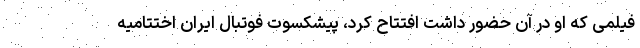
فیلمی که او در آن حضور داشت افتتاح کرد، پیشکسوت فوتبال ایران اختتامیه